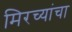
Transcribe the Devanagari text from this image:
मिरच्यांचा